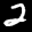
Label: 2